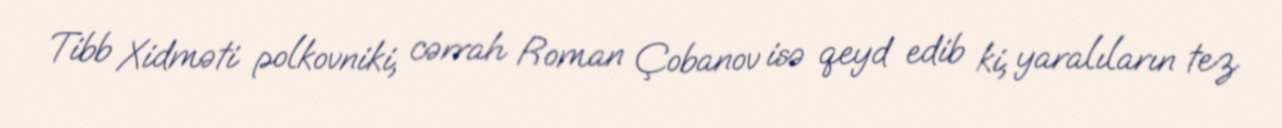
Tibb Xidməti polkovniki, cərrah Roman Çobanov isə qeyd edib ki, yaralıların tez